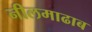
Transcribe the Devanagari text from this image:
नीलमाढाब